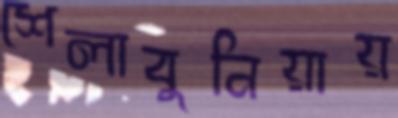
শেলাবুনিয়ায়